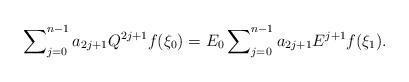
LaTeX: \begin{align*}\sum\nolimits_{j=0}^{n-1}a_{2j+1}Q^{2j+1}f(\xi_{0})=E_{0}\sum\nolimits_{j=0}^{n-1}a_{2j+1}E^{j+1}f(\xi_{1}). \end{align*}